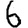
Digit: 6